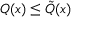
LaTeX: Q ( x ) \leq { \tilde { Q } } ( x )